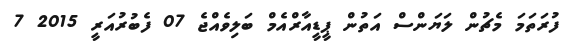
ފުރަތަމަ މެޗުން ލަޔަންސް އަތުން ޕީޑީއާރްއެމް ބަލިވެއްޖެ 07 ފެބުރުއަރީ 2015 7